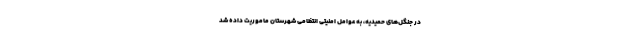
در جنگل‌های حمیدیه، به عوامل امنیتی انتظامی شهرستان ماموریت داده شد